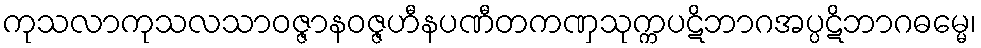
ကုသလာကုသလသာဝဇ္ဇာနဝဇ္ဇဟီနပဏီတကဏှသုက္ကပဋိဘာဂအပ္ပဋိဘာဂဓမ္မေ၊